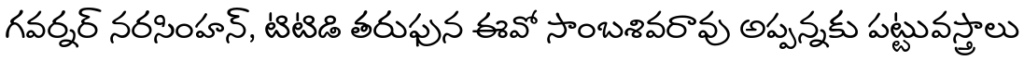
గవర్నర్ నరసింహన్, టిటిడి తరుఫున ఈవో సాంబశివరావు అప్పన్నకు పట్టువస్త్రాలు